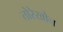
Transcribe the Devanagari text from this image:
तोरेखोन